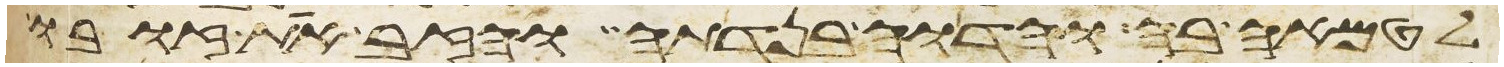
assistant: לטמאה בה והדוה בנדתה והזב את זובו